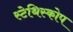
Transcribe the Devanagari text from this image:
स्टेथिस्कोप